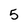
Character: 5